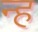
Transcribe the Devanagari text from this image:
न्ह